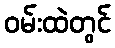
ဝမ်းထဲတွင်